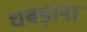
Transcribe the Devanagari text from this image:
घबड़ाना